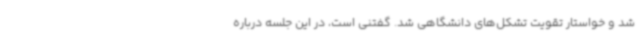
شد و خواستار تقویت تشکل‌های دانشگاهی شد. گفتنی است، در این جلسه درباره